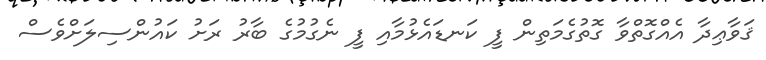
ޤަވާޢިދާ އެއްގޮތްވާ ގޮތުގެމަތިން ފީ ކަނޑައެޅުމާއި ފީ ނެގުމުގެ ބާރު ރަށު ކައުންސިލަށްވެސް